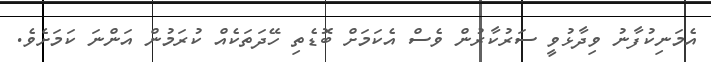
އެމަނިކުފާނު ވިދާޅުވީ ސަރުކާރުން ވެސް އެކަމަށް ބޮޑެތި ހޭދަތަކެއް ކުރަމުން އަންނަ ކަމަށެވެ.